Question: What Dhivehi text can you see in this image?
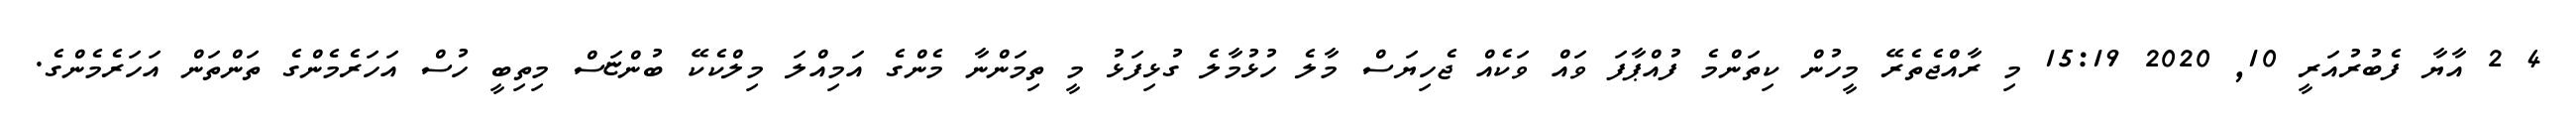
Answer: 4 2 އާޔާ ފެބުރުއަރީ 10, 2020 15:19 މި ރާއްޖެތެރޭ މީހުން ކިތަންމެ ފުއްޕާފަ ވައް ވަކެއް ޖެހިޔަސް މާލެ ހުޅުމާލެ ގުޅިފަޅު މީ ތިމަންނާ މެންގެ އަމިއްލަ މިލްކެކޭ ބުންޏަސް މިތިބީ ހުސް އަހަރެމެންގެ ތަންތަން އަހަރެމެންގެ.